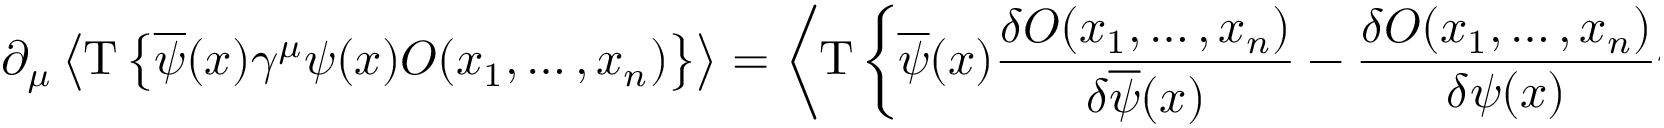
\partial _ { \mu } \left\langle \mathrm { T } \left\lbrace \overline { { \psi } } ( x ) \gamma ^ { \mu } \psi ( x ) { \cal O } ( x _ { 1 } , \ldots , x _ { n } ) \right\rbrace \right\rangle = \left\langle \mathrm { T } \left\lbrace \overline { { \psi } } ( x ) { \frac { \delta { \cal O } ( x _ { 1 } , \ldots , x _ { n } ) } { \delta { \overline { { \psi } } } ( x ) } } - { \frac { \delta { \cal O } ( x _ { 1 } , \ldots , x _ { n } ) } { \delta { \psi } ( x ) } } \psi ( x ) \right\rbrace \right\rangle \; \; .